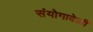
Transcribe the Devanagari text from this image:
संयोगावेळी